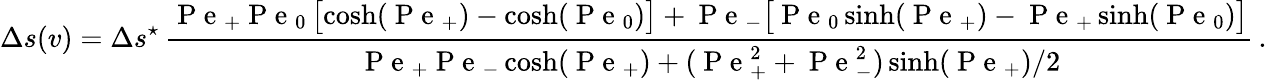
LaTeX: \Delta s(v)=\Delta s^{\star}\, \frac{\mathrm{~P~e~}_{+}\mathrm{~P~e~}_{0}\, \bigl[\cosh(\mathrm{~P~e~}_{+})-\cosh(\mathrm{~P~e~}_{0})\bigr]+\mathrm{~P~e~}_{-}\bigl[\mathrm{~P~e~}_{0}\sinh(\mathrm{~P~e~}_{+})-\mathrm{~P~e~}_{+}\sinh(\mathrm{~P~e~}_{0})\bigr]}{\mathrm{~P~e~}_{+}\mathrm{~P~e~}_{-}\cosh(\mathrm{~P~e~}_{+})+(\mathrm{~P~e~}_{+}^{2}+\mathrm{~P~e~}_{-}^{2})\sinh(\mathrm{~P~e~}_{+})/2}\, .